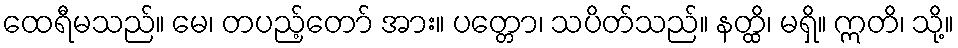
ထေရီမသည်။ မေ၊ တပည့်တော် အား။ ပတ္တော၊ သပိတ်သည်။ နတ္ထိ၊ မရှိ။ ဣတိ၊ သို့။